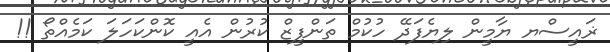
ޜައީސްޔ ޔާމީން ލިޔެފަދޭ ހުކުމް ތަންފީޒް ކުރުން އެއީ ކޮންކަހަލަ ކަމެއްތޯ !!